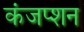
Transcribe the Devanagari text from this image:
कंजप्शन